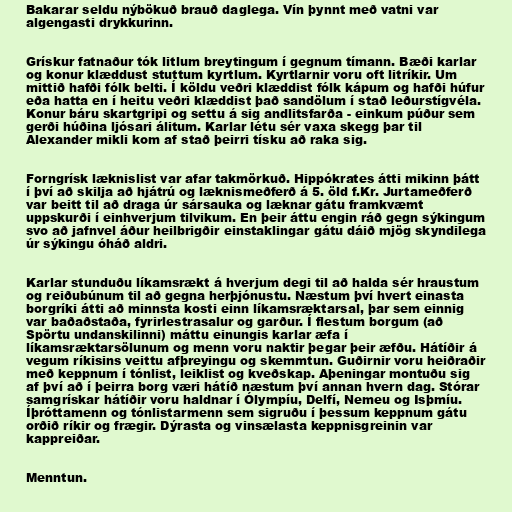
Bakarar seldu nýbökuð brauð daglega. Vín þynnt með vatni var
algengasti drykkurinn.

Grískur fatnaður tók litlum breytingum í gegnum tímann. Bæði karlar
og konur klæddust stuttum kyrtlum. Kyrtlarnir voru oft litríkir. Um
mittið hafði fólk belti. Í köldu veðri klæddist fólk kápum og hafði húfur
eða hatta en í heitu veðri klæddist það sandölum í stað leðurstígvéla.
Konur báru skartgripi og settu á sig andlitsfarða - einkum púður sem
gerði húðina ljósari álitum. Karlar létu sér vaxa skegg þar til
Alexander mikli kom af stað þeirri tísku að raka sig.

Forngrísk læknislist var afar takmörkuð. Hippókrates átti mikinn þátt
í því að skilja að hjátrú og læknismeðferð á 5. öld f.Kr. Jurtameðferð
var beitt til að draga úr sársauka og læknar gátu framkvæmt
uppskurði í einhverjum tilvikum. En þeir áttu engin ráð gegn sýkingum
svo að jafnvel áður heilbrigðir einstaklingar gátu dáið mjög skyndilega
úr sýkingu óháð aldri.

Karlar stunduðu líkamsrækt á hverjum degi til að halda sér hraustum
og reiðubúnum til að gegna herþjónustu. Næstum því hvert einasta
borgríki átti að minnsta kosti einn líkamsræktarsal, þar sem einnig
var baðaðstaða, fyrirlestrasalur og garður. Í flestum borgum (að
Spörtu undanskilinni) máttu einungis karlar æfa í
líkamsræktarsölunum og menn voru naktir þegar þeir æfðu. Hátíðir á
vegum ríkisins veittu afþreyingu og skemmtun. Guðirnir voru heiðraðir
með keppnum í tónlist, leiklist og kveðskap. Aþeningar montuðu sig
af því að í þeirra borg væri hátíð næstum því annan hvern dag. Stórar
samgrískar hátíðir voru haldnar í Ólympíu, Delfí, Nemeu og Isþmíu.
Íþróttamenn og tónlistarmenn sem sigruðu í þessum keppnum gátu
orðið ríkir og frægir. Dýrasta og vinsælasta keppnisgreinin var
kappreiðar.

Menntun.